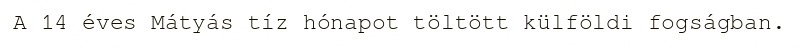
A 14 éves Mátyás tíz hónapot töltött külföldi fogságban.